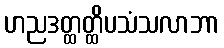
ဟညဒတ္ထတ္ထိပသံသလာဘာ